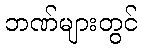
ဘဏ်များတွင်